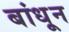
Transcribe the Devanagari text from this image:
बांधू्न